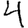
Digit: 4